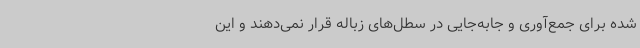
شده برای جمع‌آوری و جابه‌جایی در سطل‌های زباله قرار نمی‌دهند و این